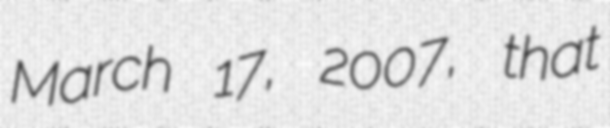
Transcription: March 17, 2007, that